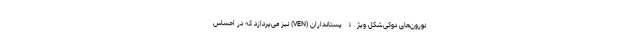
نورون‌های دوکی‌شکلِ ویژۀ پستانداران (VEN) نیز می‌پردازد که در احساس